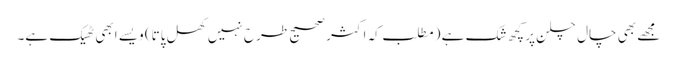
مجھے بھی چال چلن پر کچھ شک ہے (مطلب کہ اکثر صحیح طرح نہیں‌کھل پاتا) ویسے ابھی ٹھیک ہے۔